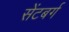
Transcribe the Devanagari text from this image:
सेंटबर्ग